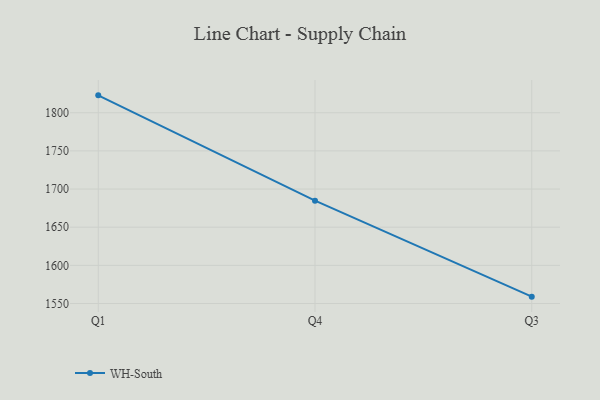
{"axis": {"x": "Quarter", "y": "Conversion Rate (%)"}, "legend": ["WH-South"], "data": [{"x": "Q1", "y": 1822.8, "type": "WH-South"}, {"x": "Q4", "y": 1684.8, "type": "WH-South"}, {"x": "Q3", "y": 1559.0, "type": "WH-South"}]}